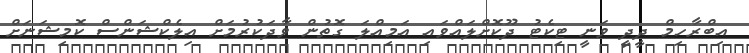
އިބްރާހިމް ދީދީ ވަނީ ޓިކެޓު ދޫކޮށްލައްވައި އަމިއްލަ ގޮތުން ވާދަކުރުމަށް އިލެކްޝަންސް ކޮމިޝަނަށް